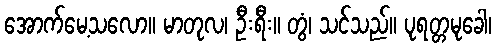
အောက်မေ့သလော။ မာတုလ၊ ဦးရီး။ တွံ၊ သင်သည်။ ပုရတ္တမုခေါ၊